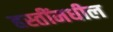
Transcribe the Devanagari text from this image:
हस्तींमधील